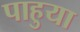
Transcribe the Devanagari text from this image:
पाहुया